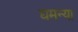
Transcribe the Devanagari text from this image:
घमन्या